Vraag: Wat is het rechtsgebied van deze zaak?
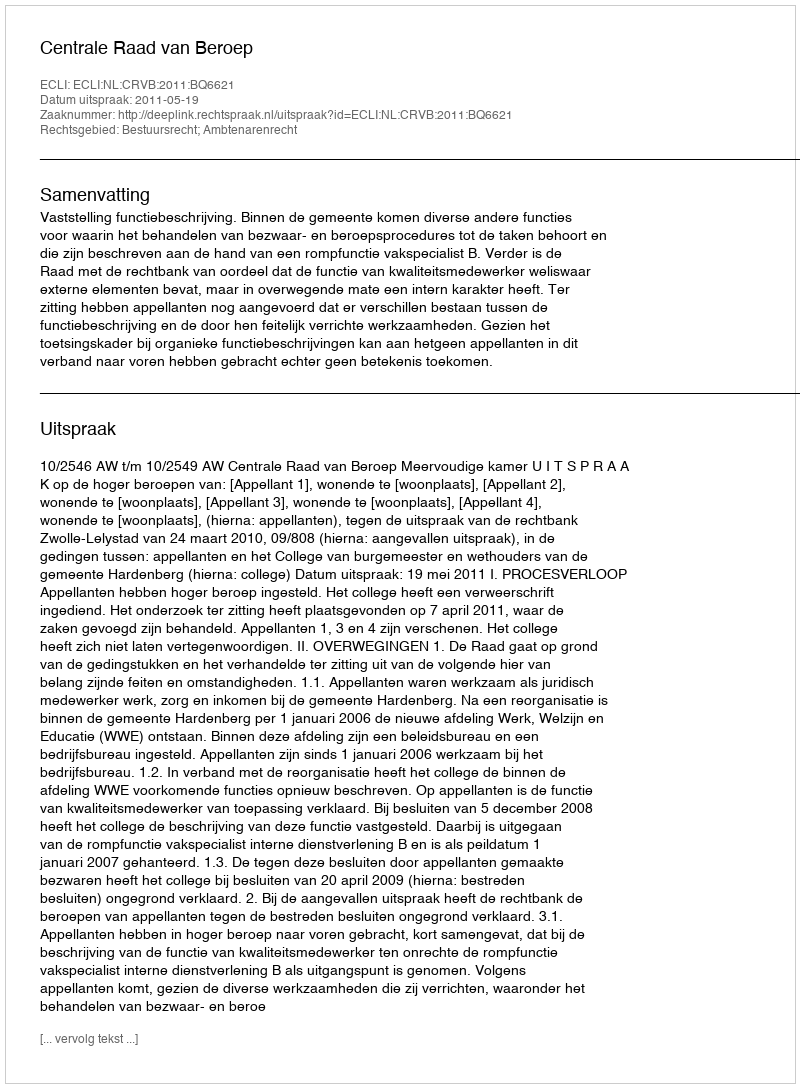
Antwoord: Bestuursrecht; Ambtenarenrecht